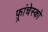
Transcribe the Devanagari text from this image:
फ़्रांचेस्को